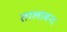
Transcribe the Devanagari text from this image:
तालाबन्द